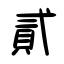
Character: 貳